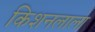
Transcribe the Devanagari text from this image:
किशनलाला